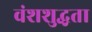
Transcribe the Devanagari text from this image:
वंशशुद्धता